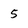
Character: 5